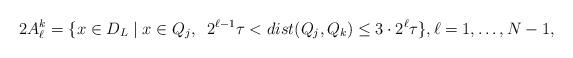
LaTeX: \begin{align*}2A_\ell^k = \{ x \in D_L \;|\; x \in Q_j,\;\; 2^{\ell-1} \tau < dist(Q_j,Q_k) \leq 3 \cdot 2^{\ell} \tau \}, \ell = 1,\dots,N-1,\end{align*}